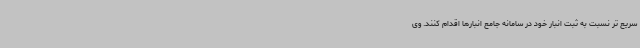
سریع تر نسبت به ثبت انبار خود در سامانه جامع انبارها اقدام کنند. وی